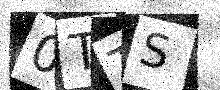
Text: 0TTS